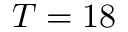
T = 1 8